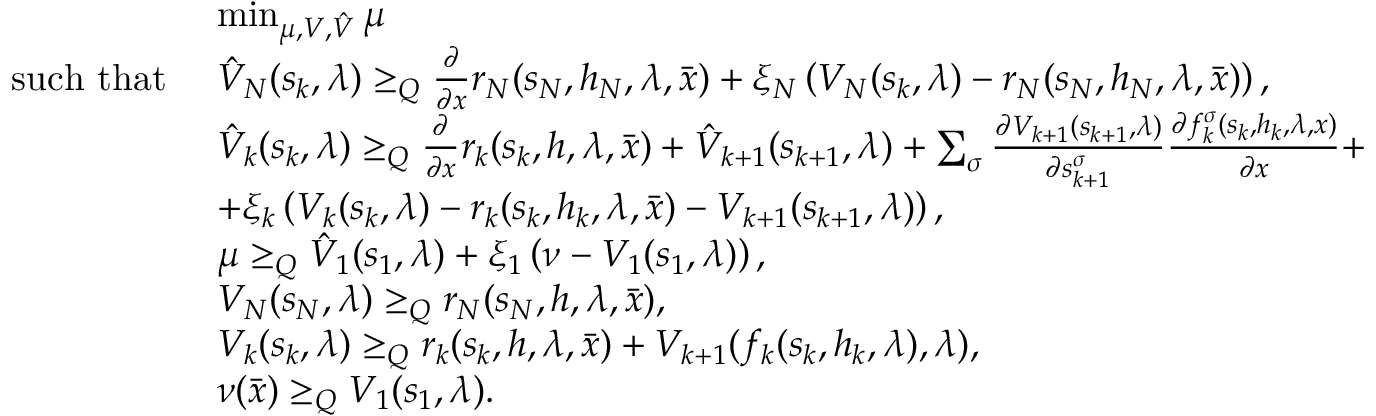
\begin{array} { r l } & { \operatorname* { m i n } _ { \mu , V , \hat { V } } \mu } \\ { \mathrm { s u c h ~ t h a t ~ } } & { \hat { V } _ { N } ( s _ { k } , \lambda ) \geq _ { Q } \frac { \partial } { \partial x } r _ { N } ( s _ { N } , h _ { N } , \lambda , \bar { x } ) + \xi _ { N } \left( V _ { N } ( s _ { k } , \lambda ) - r _ { N } ( s _ { N } , h _ { N } , \lambda , \bar { x } ) \right) , } \\ & { \hat { V } _ { k } ( s _ { k } , \lambda ) \geq _ { Q } \frac { \partial } { \partial x } r _ { k } ( s _ { k } , h , \lambda , \bar { x } ) + \hat { V } _ { k + 1 } ( s _ { k + 1 } , \lambda ) + \sum _ { \sigma } \frac { \partial V _ { k + 1 } ( s _ { k + 1 } , \lambda ) } { \partial s _ { k + 1 } ^ { \sigma } } \frac { \partial f _ { k } ^ { \sigma } ( s _ { k } , h _ { k } , \lambda , x ) } { \partial x } + } \\ & { + \xi _ { k } \left( V _ { k } ( s _ { k } , \lambda ) - r _ { k } ( s _ { k } , h _ { k } , \lambda , \bar { x } ) - V _ { k + 1 } ( s _ { k + 1 } , \lambda ) \right) , } \\ & { \mu \geq _ { Q } \hat { V } _ { 1 } ( s _ { 1 } , \lambda ) + \xi _ { 1 } \left( \nu - V _ { 1 } ( s _ { 1 } , \lambda ) \right) , } \\ & { V _ { N } ( s _ { N } , \lambda ) \geq _ { Q } r _ { N } ( s _ { N } , h , \lambda , \bar { x } ) , } \\ & { V _ { k } ( s _ { k } , \lambda ) \geq _ { Q } r _ { k } ( s _ { k } , h , \lambda , \bar { x } ) + V _ { k + 1 } ( f _ { k } ( s _ { k } , h _ { k } , \lambda ) , \lambda ) , } \\ & { \nu ( \bar { x } ) \geq _ { Q } V _ { 1 } ( s _ { 1 } , \lambda ) . } \end{array}